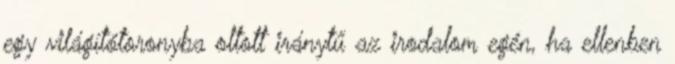
egy világítótoronyba oltott iránytű az irodalom egén, ha ellenben